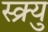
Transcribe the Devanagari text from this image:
स्क्र्यु